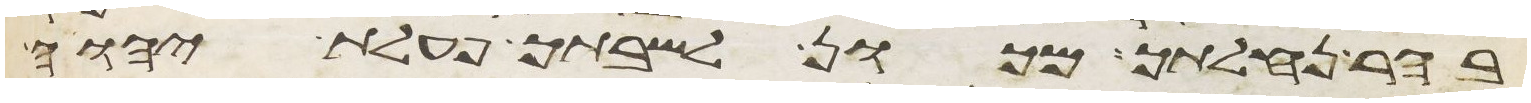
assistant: בהר נחלתך מכון לשבתך פעלת יהוה